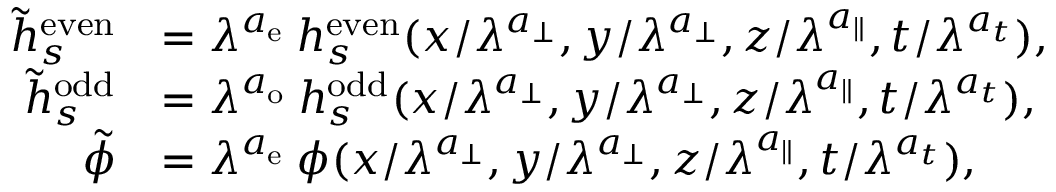
\begin{array} { r l } { \tilde { h } _ { s } ^ { \mathrm { e v e n } } } & { = \lambda ^ { a _ { \mathrm { e } } } \: h _ { s } ^ { \mathrm { e v e n } } ( x / \lambda ^ { a _ { \perp } } , y / \lambda ^ { a _ { \perp } } , z / \lambda ^ { a _ { \parallel } } , t / \lambda ^ { a _ { t } } ) , } \\ { \tilde { h } _ { s } ^ { \mathrm { o d d } } } & { = \lambda ^ { a _ { \mathrm { o } } } \: h _ { s } ^ { \mathrm { o d d } } ( x / \lambda ^ { a _ { \perp } } , y / \lambda ^ { a _ { \perp } } , z / \lambda ^ { a _ { \parallel } } , t / \lambda ^ { a _ { t } } ) , } \\ { \tilde { \phi } } & { = \lambda ^ { a _ { \mathrm { e } } } \: \phi ( x / \lambda ^ { a _ { \perp } } , y / \lambda ^ { a _ { \perp } } , z / \lambda ^ { a _ { \parallel } } , t / \lambda ^ { a _ { t } } ) , } \end{array}